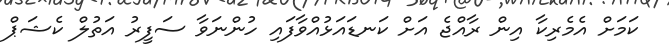
ކަމަށް އެމެރިކާ އިން ރާއްޖެ އަށް ކަނޑައަޅުއްވާފައި ހުންނަވާ ސަފީރު އަތުލް ކެޝަޕް